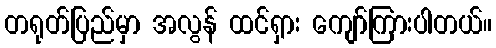
တရုတ်ပြည်မှာ အလွန် ထင်ရှား ကျော်ကြားပါတယ်။